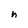
Character: h